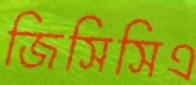
জিসিসিএ